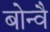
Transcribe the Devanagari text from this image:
बोन्वै